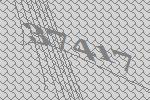
37417